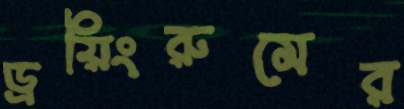
ড্রয়িংরুমের